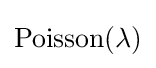
\mathrm {Poisson} (\lambda )